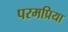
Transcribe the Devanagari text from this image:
परमप्रिया